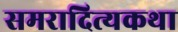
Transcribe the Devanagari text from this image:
समरादित्यकथा